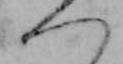
つ